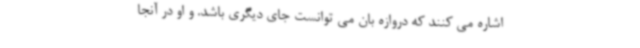
اشاره می کنند که دروازه بان می توانست جای دیگری باشد. و او در آنجا